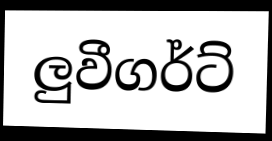
ලුවීගර්ට්